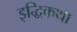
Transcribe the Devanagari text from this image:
इद्धिकथा